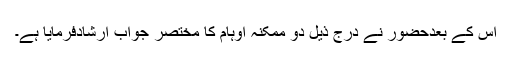
اس کے بعدحضورؑ نے درج ذیل دو ممکنہ اوہام کا مختصر جواب ارشادفرمایا ہے۔